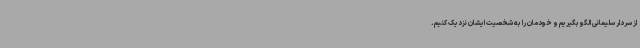
از سردار سلیمانی الگو بگیریم و خودمان را به شخصیت ایشان نزدیک کنیم.